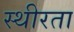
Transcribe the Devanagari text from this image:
स्थीरता